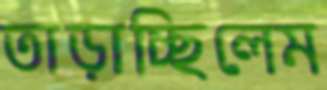
তাড়াচ্ছিলেম